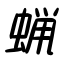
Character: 蝋